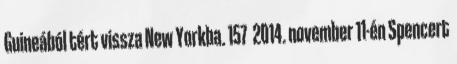
Guineából tért vissza New Yorkba. 157 2014. november 11-én Spencert